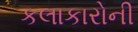
કલાકારોની